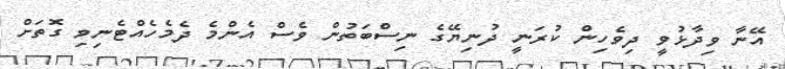
އޭނާ ވިދާޅުވީ ދިވެހިން ކުރަނީ ދުނިޔޭގެ ނިސްބަތުން ވެސް އެންމެ ދެމެހެއްޓެނިވި ގޮތަށް